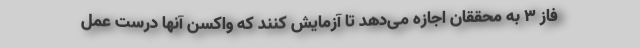
فاز ۳ به محققان اجازه می‌دهد تا آزمایش کنند که واکسن آنها درست عمل